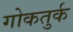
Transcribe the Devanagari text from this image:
गोकतुर्क